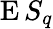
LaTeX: \operatorname{E}S_{q}